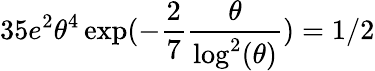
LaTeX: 35e^{2}\theta^{4}\exp(-\frac{2}{7}\frac{\theta}{\log^{2}(\theta)})=1/2